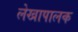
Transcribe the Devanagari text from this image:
लेखापालक